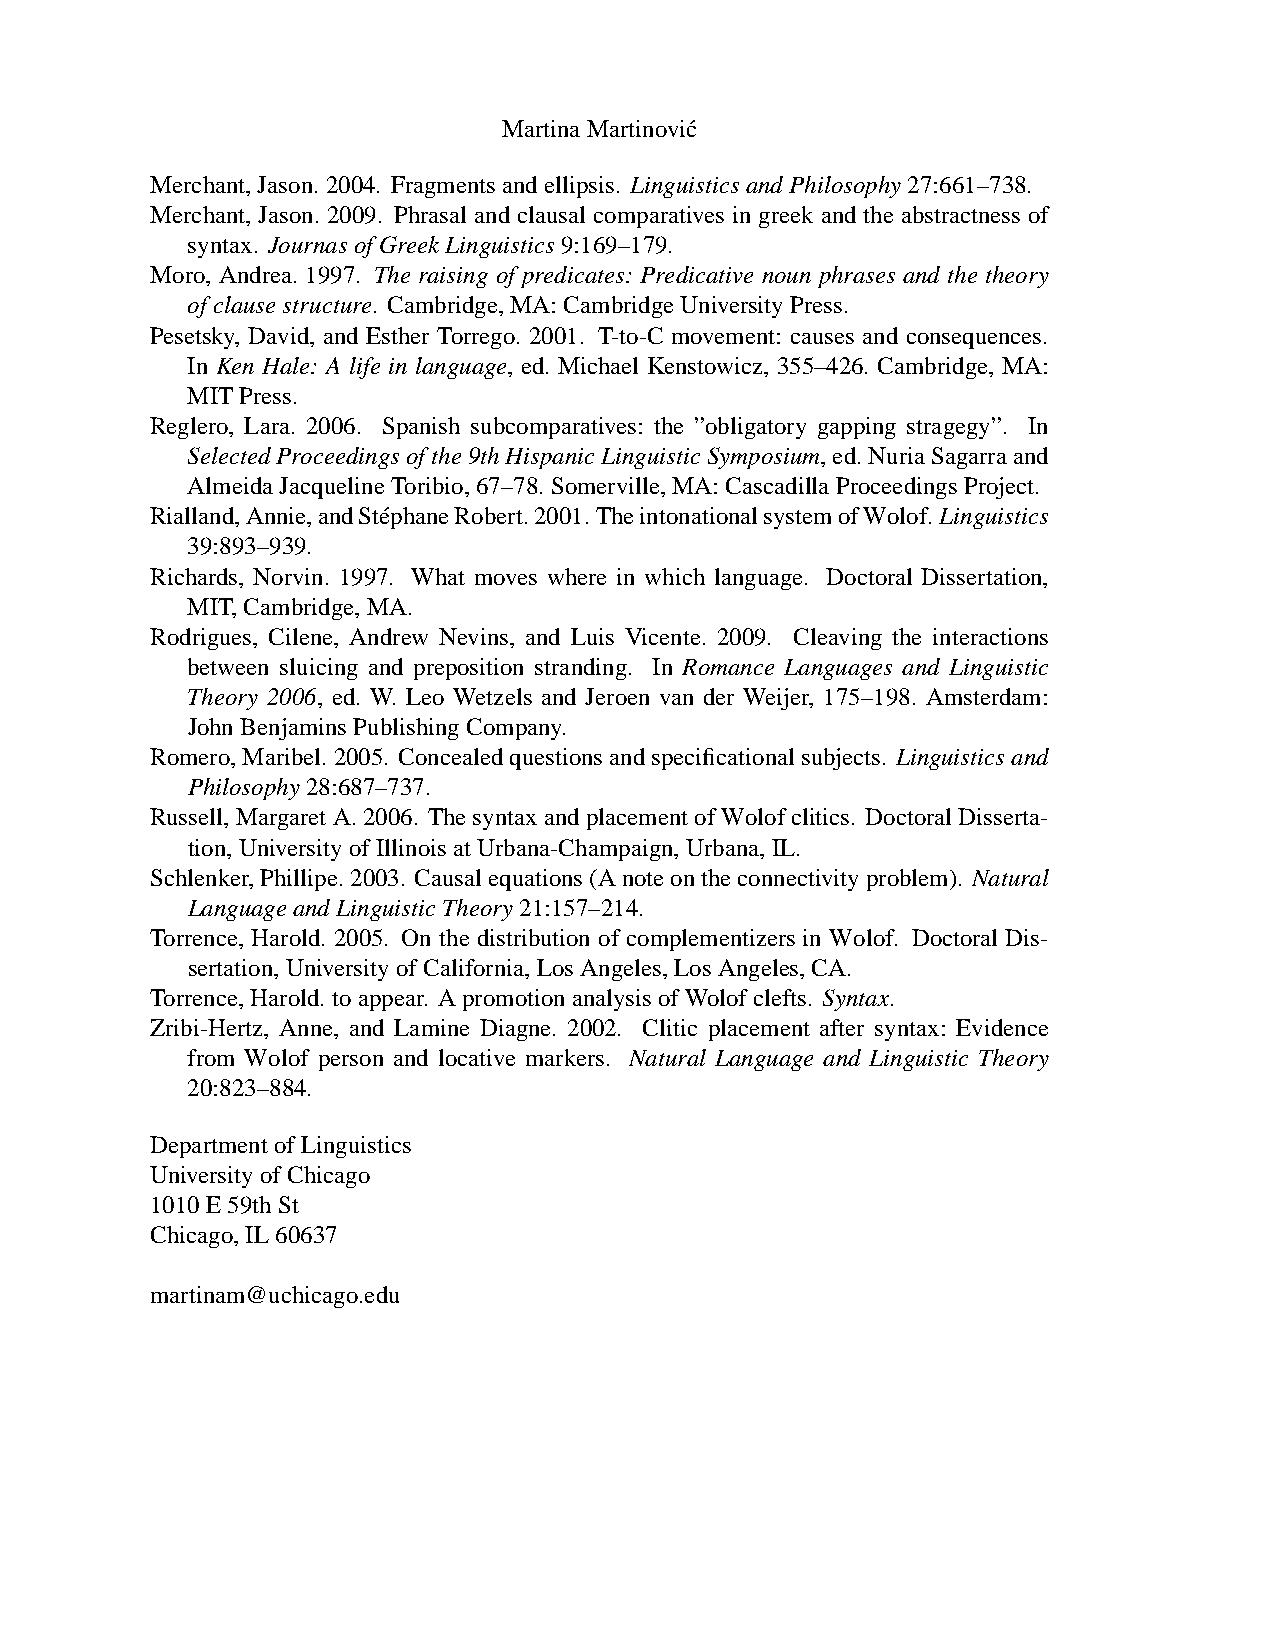
MartinaMartinovic´
 Merchant,Jason.2004. Fragmentsandellipsis. LinguisticsandPhilosophy27:661–738.
 Merchant, Jason. 2009. Phrasal and clausal comparatives in greek and the abstractness of
 syntax. JournasofGreekLinguistics9:169–179.
 Moro, Andrea. 1997. The raising of predicates: Predicative noun phrases and the theory
 ofclausestructure. Cambridge, MA:CambridgeUniversityPress.
 Pesetsky, David, and Esther Torrego. 2001. T-to-C movement: causes and consequences.
 In Ken Hale: A life in language, ed. Michael Kenstowicz, 355–426. Cambridge, MA:
 MITPress.
 Reglero, Lara. 2006. Spanish subcomparatives: the ”obligatory gapping stragegy”. In
 SelectedProceedingsofthe9thHispanicLinguisticSymposium,ed.NuriaSagarraand
 AlmeidaJacquelineToribio,67–78.Somerville,MA:CascadillaProceedingsProject.
 Rialland,Annie,andSte´phaneRobert.2001.TheintonationalsystemofWolof.Linguistics
 39:893–939.
 Richards, Norvin. 1997. What moves where in which language. Doctoral Dissertation,
 MIT,Cambridge,MA.
 Rodrigues, Cilene, Andrew Nevins, and Luis Vicente. 2009. Cleaving the interactions
 between sluicing and preposition stranding. In Romance Languages and Linguistic
 Theory 2006, ed. W. Leo Wetzels and Jeroen van der Weijer, 175–198. Amsterdam:
 JohnBenjaminsPublishingCompany.
 Romero,Maribel.2005. Concealedquestionsandspecificationalsubjects. Linguisticsand
 Philosophy28:687–737.
 Russell,MargaretA.2006. ThesyntaxandplacementofWolofclitics. DoctoralDisserta-
 tion,UniversityofIllinoisatUrbana-Champaign,Urbana,IL.
 Schlenker,Phillipe.2003. Causalequations(Anoteontheconnectivityproblem). Natural
 LanguageandLinguisticTheory21:157–214.
 Torrence, Harold. 2005. On the distribution of complementizers in Wolof. Doctoral Dis-
 sertation,UniversityofCalifornia,LosAngeles,LosAngeles,CA.
 Torrence,Harold.toappear. Apromotion analysisofWolofclefts. Syntax.
 Zribi-Hertz, Anne, and Lamine Diagne. 2002. Clitic placement after syntax: Evidence
 from Wolof person and locative markers. Natural Language and Linguistic Theory
 20:823–884.
 DepartmentofLinguistics
 UniversityofChicago
 1010E59thSt
 Chicago,IL60637
 martinam@uchicago.edu